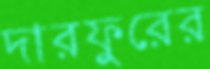
দারফুরের